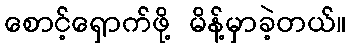
စောင့်ရှောက်ဖို့ မိန့်မှာခဲ့တယ်။